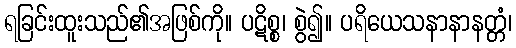
ရခြင်းထူးသည်၏အဖြစ်ကို။ ပဋိစ္စ၊ စွဲ၍။ ပရိယေသနာနာနတ္တံ၊